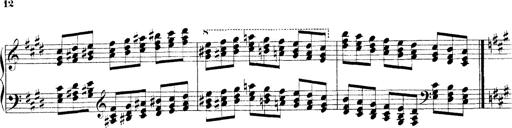
Title: Technische Studien
Composer: Franz Liszt